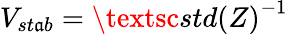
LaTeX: V_{st\mathfrak{a}b}=\textsc{{std(Z)}}^{-1}